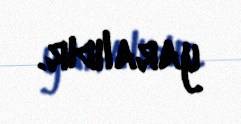
yaralıdır.